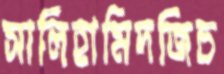
সালিহামিদজিচ